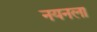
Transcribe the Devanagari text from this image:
नयनला